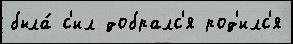
была́ с'ил добралс'я род'илс'я